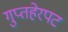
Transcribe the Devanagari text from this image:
गुप्तहेरपट